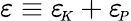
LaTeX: \varepsilon\equiv{\varepsilon_{\! \scriptscriptstyle K}}+{\varepsilon_{\! \scriptscriptstyle P}}